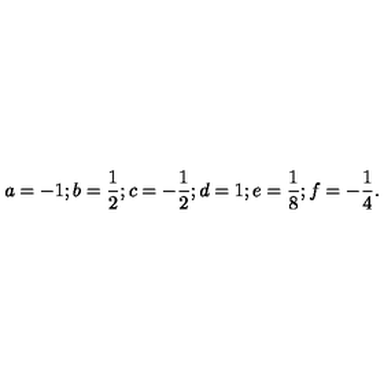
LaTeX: a = - 1 ; b = \frac 1 2 ; c = - \frac 1 2 ; d = 1 ; e = \frac 1 8 ; f = - \frac 1 4 .